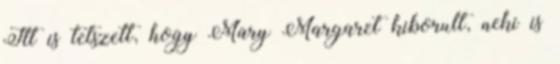
Itt is tetszett, hogy Mary Margaret kiborult, neki is